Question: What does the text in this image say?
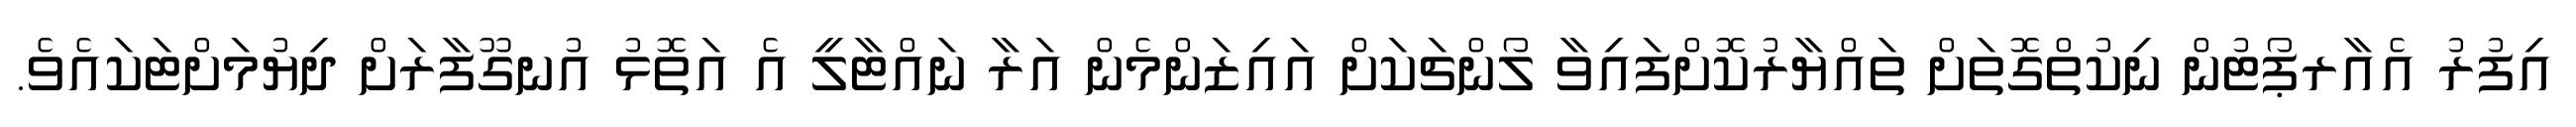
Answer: އިފުރު އެއާރޕޯޓުން ނިކުތްގޮތަށް ތައްޔާރުކޮށްފައިވާ ލޯންޗަކަށް އައިޒަންމެން އަރާ ނައްޓާލީ އެ އަތޮޅު އުނގޫފާރަށް ދިޔުމަށްޓަކައެވެ.